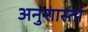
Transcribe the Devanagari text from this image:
अनुशास्ता